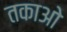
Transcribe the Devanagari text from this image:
तकाओ